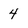
Character: 4